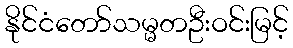
နိုင်ငံတော်သမ္မတဦးဝင်းမြင့်